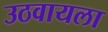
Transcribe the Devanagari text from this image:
उठवायला